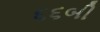
૬૬બી